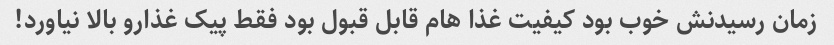
زمان رسیدنش خوب بود کیفیت غذا هام قابل قبول بود فقط پیک غذارو بالا نیاورد!